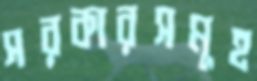
সরকারসমূহ